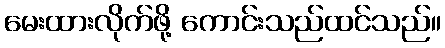
မေးထားလိုက်ဖို့ ကောင်းသည်ထင်သည်။